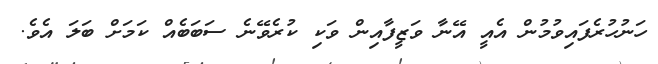
ހަނުހުރެފައިވުމުން އެއީ އޭނާ ވަޒީފާއިން ވަކި ކުރެވޭނެ ސަބަބެއް ކަމަށް ބަލަ އެވެ.